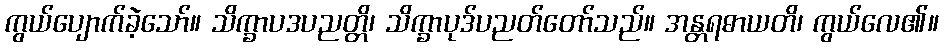
ကွယ်ပျောက်ခဲ့သော်။ သိက္ခာပဒပညတ္တိ၊ သိက္ခာပုဒ်ပညတ်တော်သည်။ အန္တရဓာယတိ၊ ကွယ်လေ၏။